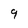
Character: 9